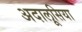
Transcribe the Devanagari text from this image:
अदालूसिया